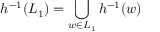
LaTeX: h ^ { - 1 } ( L _ { 1 } ) = \bigcup _ { w \in L _ { 1 } } h ^ { - 1 } ( w )